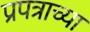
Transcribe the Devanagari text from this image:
प्रपत्राच्या